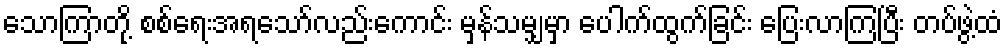
သောကြာတို့ စစ်ရေးအရသော်လည်းကောင်း မှန်သမျှမှာ ပေါက်ထွက်ခြင်း ပြေးလာကြပြီး တပ်ဖွဲ့ထံ